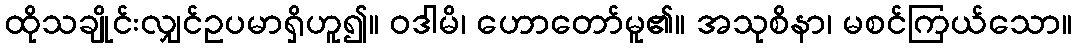
ထိုသချိုင်းလျှင်ဥပမာရှိဟူ၍။ ဝဒါမိ၊ ဟောတော်မူ၏။ အသုစိနာ၊ မစင်ကြယ်သော။